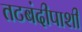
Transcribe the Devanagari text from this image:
तटबंदीपाशी